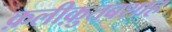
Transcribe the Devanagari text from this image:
क़लीक़ुतबशाह